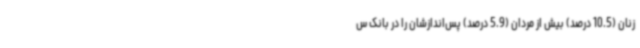
زنان (10.5 درصد) بیش از مردان (5.9 درصد) پس‌اندازشان را در بانک س